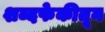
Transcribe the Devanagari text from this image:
शब्दफेकीतून